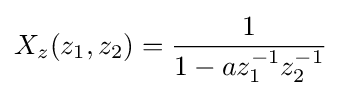
X_{z}(z_{1},z_{2})={\frac {1}{1-az_{1}^{-1}z_{2}^{-1}}}